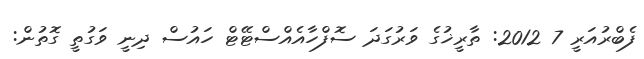
ފެބްރުއަރީ 7 2012: ތާރީޚުގެ ވަރުގަދަ ސޮފްހާއެއްސްޓޭޓް ހައުސް ދިނީ ވަގުތީ ގޮތުން: